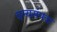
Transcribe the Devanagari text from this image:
वन्यसंपदा